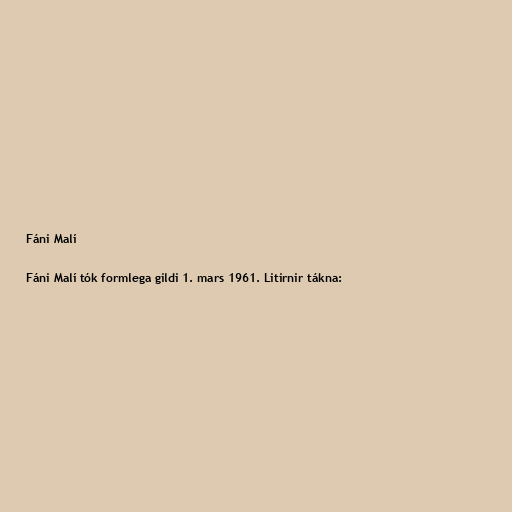
Fáni Malí

Fáni Malí tók formlega gildi 1. mars 1961. Litirnir tákna: